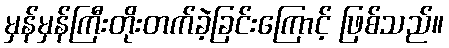
မှန်မှန်ကြီးတိုးတက်ခဲ့ခြင်းကြောင့် ဖြစ်သည်။